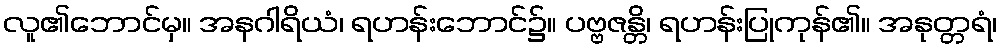
လူ၏ဘောင်မှ။ အနဂါရိယံ၊ ရဟန်းဘောင်၌။ ပဗ္ဗဇန္တိ၊ ရဟန်းပြုကုန်၏။ အနုတ္တရံ၊